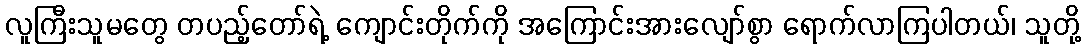
လူကြီးသူမတွေ တပည့်တော်ရဲ့ ကျောင်းတိုက်ကို အကြောင်းအားလျော်စွာ ရောက်လာကြပါတယ်၊ သူတို့